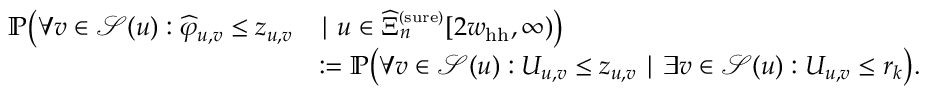
\begin{array} { r l } { \mathbb { P } \big ( \forall v \in { \mathcal S } ( u ) : \widehat \varphi _ { u , v } \le z _ { u , v } } & { \mid u \in \widehat \Xi _ { n } ^ { \scriptscriptstyle ( \mathrm { s u r e } ) } [ 2 w _ { \mathrm { h h } } , \infty ) \big ) } \\ & { : = \mathbb { P } \big ( \forall v \in { \mathcal S } ( u ) : U _ { u , v } \le z _ { u , v } \mid \exists v \in { \mathcal S } ( u ) : U _ { u , v } \le r _ { k } \big ) . } \end{array}